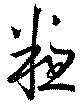
粗